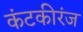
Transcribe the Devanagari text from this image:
कंटकीरंज